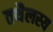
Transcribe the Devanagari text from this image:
तथैलस्य